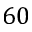
6 0